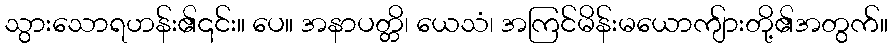
သွားသောရဟန်း၏၎င်း။ ပေ။ အနာပတ္တိ၊ ယေသံ၊ အကြင်မိန်းမယောကျ်ားတို့၏အတွက်။